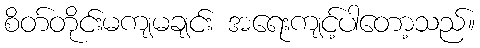
စိတ်တိုင်းမကျမချင်း အရေးကျင့်ပါတော့သည်။